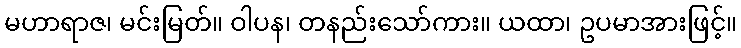
မဟာရာဇ၊ မင်းမြတ်။ ဝါပန၊ တနည်းသော်ကား။ ယထာ၊ ဥပမာအားဖြင့်။